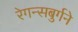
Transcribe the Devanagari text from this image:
रेगन्सबुर्गने